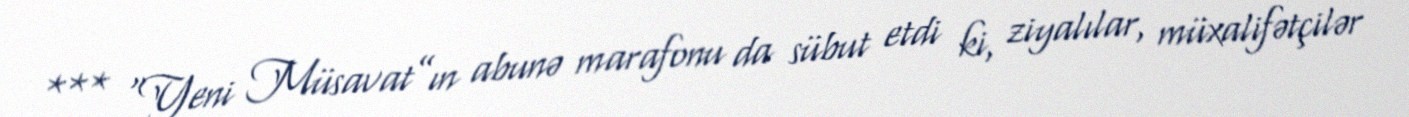
*** “Yeni Müsavat”ın abunə marafonu da sübut etdi ki, ziyalılar, müxalifətçilər